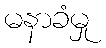
မနာခံမှု